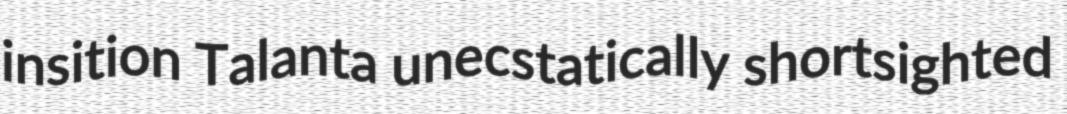
insition Talanta unecstatically shortsighted